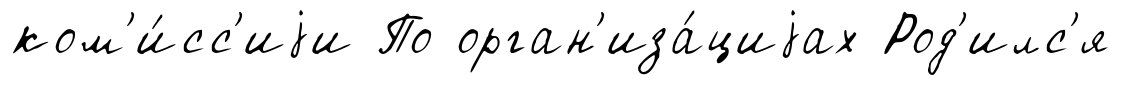
ком'и́сс'иjи По орган'иза́циjах Род'илс'я